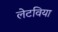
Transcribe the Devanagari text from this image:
लेटविया